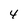
Character: 4